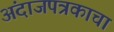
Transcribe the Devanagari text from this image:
अंदाजपत्रकाचा